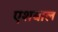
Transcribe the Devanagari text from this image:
एशबाल